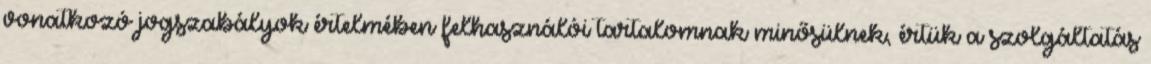
vonatkozó jogszabályok értelmében felhasználói tartalomnak minősülnek, értük a szolgáltatás